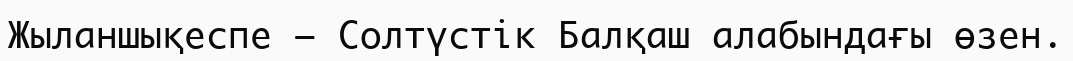
Жыланшықеспе – Солтүстік Балқаш алабындағы өзен.